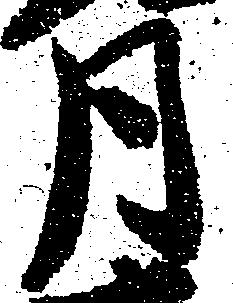
月